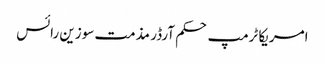
امریکا ٹرمپ حکم آرڈر مذمت سوزین رائس